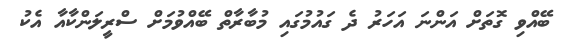
ބޭއްވި ގޮތަށް އަންނަ އަހަރު ދެ ގައުމުގައި މުބާރާތް ބޭއްވުމަށް ސްރީލަންކާއާ އެކު